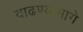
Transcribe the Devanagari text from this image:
वाढण्यामागे